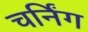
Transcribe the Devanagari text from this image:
चर्निंग